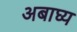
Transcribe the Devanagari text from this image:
अबाघ्य